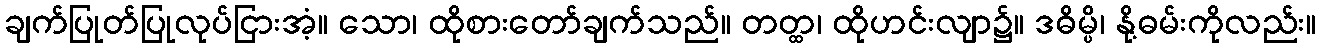
ချက်ပြုတ်ပြုလုပ်ငြားအံ့။ သော၊ ထိုစားတော်ချက်သည်။ တတ္ထ၊ ထိုဟင်းလျာ၌။ ဒဓိမ္ပိ၊ နို့ဓမ်းကိုလည်း။